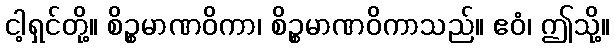
ငါ့ရှင်တို့။ စိဉ္စမာဏဝိကာ၊ စိဉ္စမာဏဝိကာသည်။ ဧဝံ၊ ဤသို့။